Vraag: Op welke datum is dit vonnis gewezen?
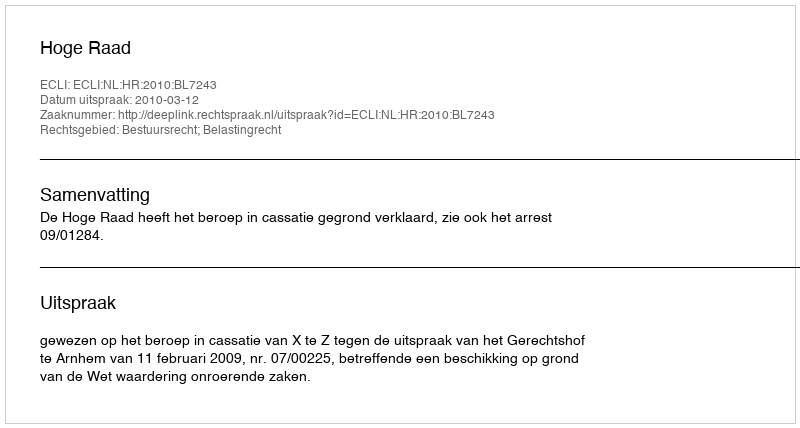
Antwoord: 2010-03-12